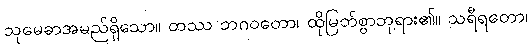
သုမေဓာအမည်ရှိသော။ တဿ ဘဂဝတော၊ ထိုမြတ်စွာဘုရား၏။ သရီရတော၊